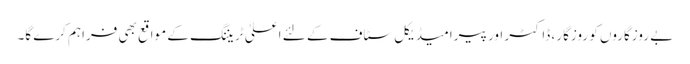
بے روزگاروں کو روزگار ، ڈاکٹر اور پیرامیڈیکل سٹاف کے لئے اعلیٰ ٹریننگ کے مواقع بھی فراہم کرے گا۔